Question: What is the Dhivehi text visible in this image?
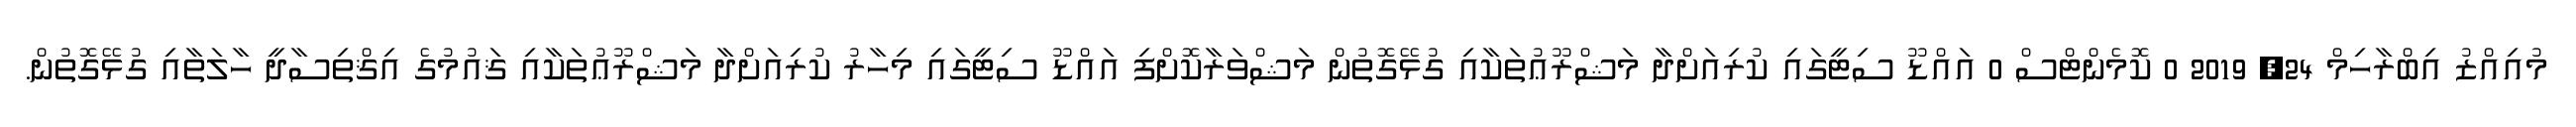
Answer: މުއިއްޒު އިބްރާހިމް 24, 2019 0 ކޮމެންޓްސް 0 އައްޑޫ ސިޓީގައި ކުރިއަށްދާ މަޝްރޫޢުތަކާއި ގުޅޭގޮތުން މަޝްވަރާކޮށްފި އައްޑޫ ސިޓީގައި މިހާރު ކުރިއަށްދާ މަޝްރޫޢުތަކާއި ޤައުމުގެ އިޤްތިސާދީ ހާލަތާއި ގުޅޭގޮތުން.